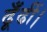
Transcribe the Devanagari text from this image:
ढूँढीं।